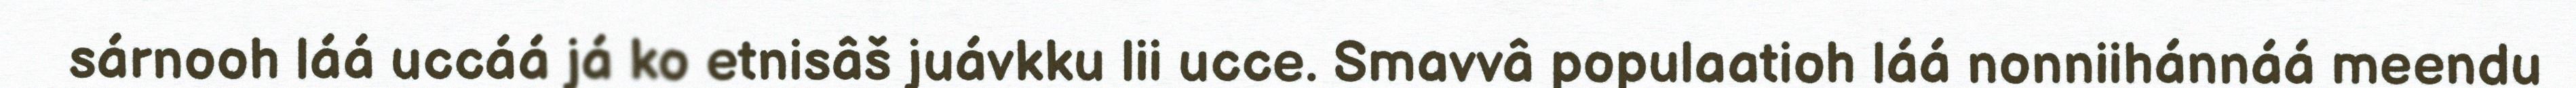
sárnooh láá uccáá já ko etnisâš juávkku lii ucce. Smavvâ populaatioh láá nonniihánnáá meendu